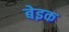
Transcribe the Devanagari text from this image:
बेइक